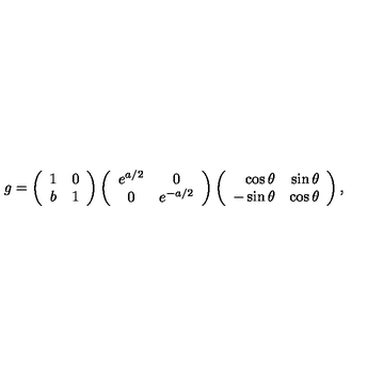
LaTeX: g = \left( \begin{array} { c c } { 1 } & { 0 } \\ { b } & { 1 } \\ \end{array} \right) \left( \begin{array} { c c } { e ^ { a / 2 } } & { 0 } \\ { 0 } & { e ^ { - a / 2 } } \\ \end{array} \right) \left( \begin{array} { r r } { \cos \theta } & { \sin \theta } \\ { - \sin \theta } & { \cos \theta } \\ \end{array} \right) ,